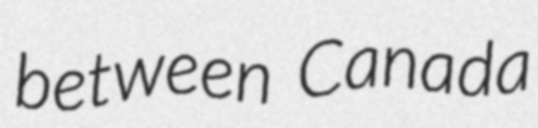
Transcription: between Canada